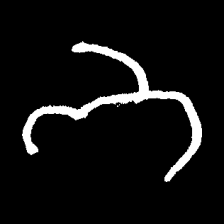
Pyu character \u2014 Myanmar letter: ဘ (romanized: bha)